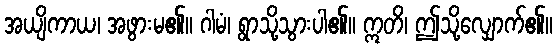
အယျိကာယ၊ အဖွားမ၏။ ဂါမံ၊ ရွာသို့သွားပါ၏။ ဣတိ၊ ဤသို့လျှောက်၏။